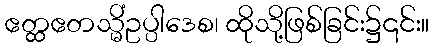
ဧတ္ထဧတသ္မိံဥပ္ပါဒေစ၊ ထိုသို့ဖြစ်ခြင်း၌၎င်း။